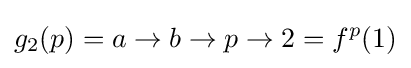
g_{2}(p)=a\to b\to p\to 2=f^{p}(1)